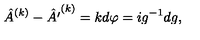
\hat { A } ^ { ( k ) } - \hat { A ^ { \prime } } ^ { ( k ) } = k { d \varphi } = { i } g ^ { - 1 } d g ,